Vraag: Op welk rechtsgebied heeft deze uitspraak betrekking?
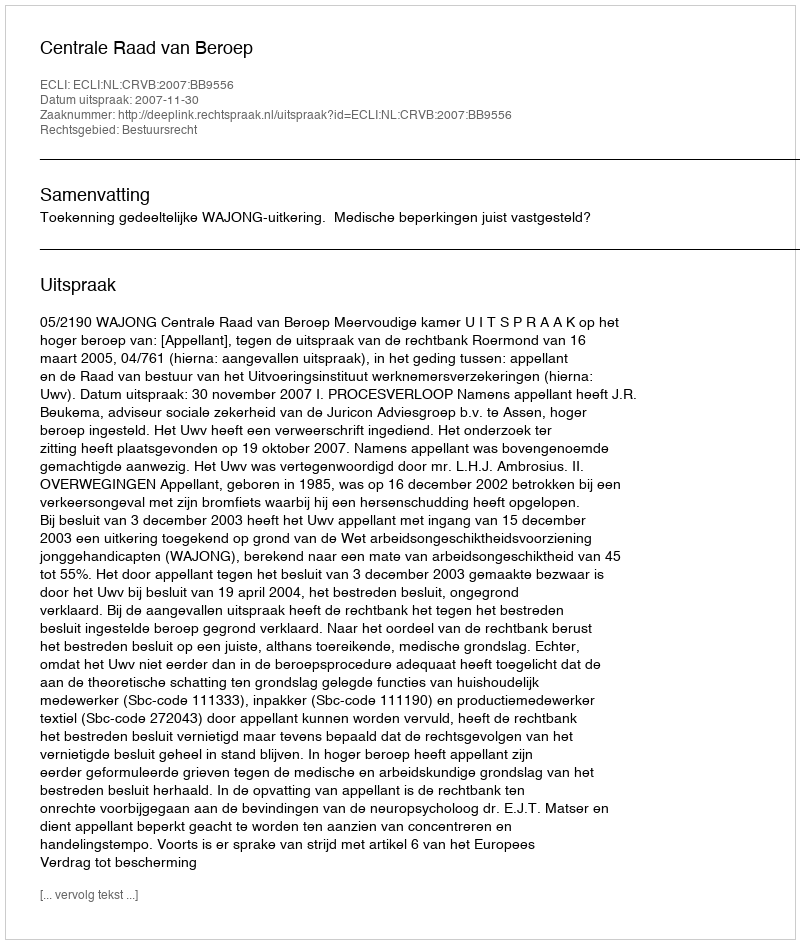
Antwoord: Bestuursrecht